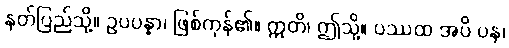
နတ်ပြည်သို့။ ဥပပန္နာ၊ ဖြစ်ကုန်၏။ ဣတိ၊ ဤသို့။ ပဿထ အပိ ပန၊